Indian journal of veterinary science and animal husbandry - Volume 11,
Year: 1941
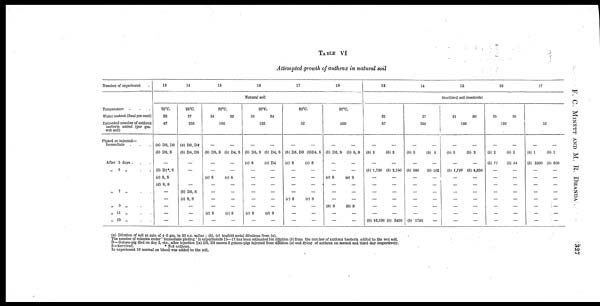
F. C. MINETT AND M. R.
DHANDA
327
TABLE VI
Attempted growth of anthrax in natural soil
Number of experiment
Temperature . . .
Water content (final per cent)
Estimated number of anthrax
bacteria added (per gm.
wet soil)
Plated or injected—
Immediate . . .
After 5 days . . .
„ 6 „ . .
„
7 „
. .
„ 9 „ . .
,. 11 „
.
.
., 13 „ . .
13
25°C.
20
47
(a) D2, D3
(b) D3, S
—
(b) D1*, S
(c) S, S
(d) S, S
—
—
—
—
—
14
25°C.
27
256
(a) D3, D4
(b) D4, D5
—
—
—
(b) D5, S
(c) S, S
—
—
—
15
30°C.
34
33
180
—
(b) D5, S
—
—
(c) S
—
—
—
—
(c) S
—
—
(b) D4, S
—
—
(c) S
—
—
—
—
(c) S
—
16
Natural soil
30°C.
36
34
126
—
(b) D5, S
(c) S
—
—
—
—
—
—
(c) S
—
—
(b) D4, S
(c) D4
—
—
—
—
—
—
(d) S
—
17
30°C.
52
—
(b) D3, D3
(c) S
—
—
—
—
(c) S
—
—
—
—
(b)D4, S
(c) S
—
—
—
—
(c) S
—
—
—
18
30°C.
150
—
(b) D3, S
—
—
(c) S
—
—
—
(b) S
—
—
—
(b) S, S
—
—
(c) S
—
—
—
(b) S
—
—
13
21
57
—
(b) 3
—
(b) 1,730
—
—
—
—
—
—
(b) 16,100
—
(b) 3
—
(b) 2,150
—
—
—
—
—
—
(b) 3450
14
27
266
—
(b) 5
—
(b) 680
—
—
—
—
—
—
(b) 1740
—
(b) 5
—
(b) 182
—
—
—
—
—
—
—
15
Sterilized soil (controls)
31
30
180
—
(b) 3
—
(b) 1,210
—
—
—
—
—
—
—
—
(b) 3
—
(b) 4,850
—
—
—
—
—
—
—
16
35
38
126
—
(b) 2
(b) 71
—
—
—
—
—
—
—
—
—
(b) 2
(b) 54
—
—
—
—
—
—
—
—
17
52
—
(b) 1
(b) 2300
—
—
—
—
—
—
—
—
—
(b) 1
(b) 500
—
—
—
—
—
—
—
—
(a) Dilution of soil at rate of 4.0 gm. in 20 c.c. saline ; (b), (c) tenfold serial dilutions from (a).
The number of colonies under immediate plating ' in experiments 15—17 has been estimated for dilution (b) from the number of anthrax bacteria added to the wet soil.
D = Guinea-pig died on day 2, etc., after injection [(a) D2, D3 means 2 guinea-pigs injected from dilution (a) and dying of anthrax on second and third day respectively.
S=Survived.
* Not anthrax.
In experiment 18 normal ox blood was added to the soil.